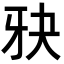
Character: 𪺧